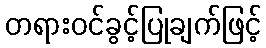
တရားဝင်ခွင့်ပြုချက်ဖြင့်